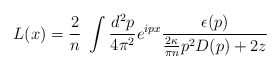
\begin{align*}L(x)= \frac{2}{n }~\int \frac{d^2p}{4\pi^2}e^{ipx}\frac{\epsilon (p)}{\frac{2\kappa}{\pi n}p^2D(p)+2z}\end{align*}